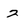
Character: 2